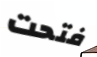
فتحت